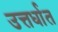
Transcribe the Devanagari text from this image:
उत्तर्धात